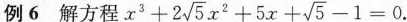
例6 解方程 $$x^{3} + 2 \sqrt{5} x^{2} + 5 x + \sqrt{5} - 1 = 0$$ .